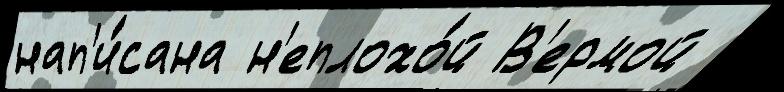
нап'и́сана н'еплохо́й В'ермой